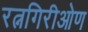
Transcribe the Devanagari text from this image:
रत्नगिरीओण